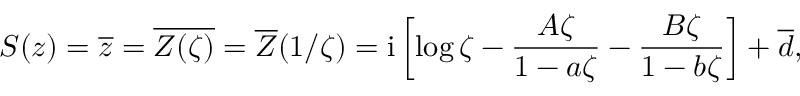
S ( z ) = \overline { { z } } = \overline { { Z ( \zeta ) } } = \overline { { Z } } ( 1 / \zeta ) = \mathrm { i } \left[ \log \zeta - \frac { A \zeta } { 1 - a \zeta } - \frac { B \zeta } { 1 - b \zeta } \right] + \overline { { d } } ,